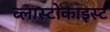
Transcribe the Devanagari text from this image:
ब्लास्टोकाइस्ट